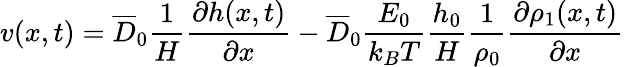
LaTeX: v(x,t)=\overline{{D}}_{0}\frac{1}{H}\frac{\partial h(x,t)}{\partial x}-\overline{{D}}_{0}\frac{E_{0}}{k_{B}T}\frac{h_{0}}{H}\frac{1}{\rho_{0}}\frac{\partial\rho_{1}(x,t)}{\partial x}